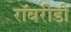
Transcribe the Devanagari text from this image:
रॉबरीडो